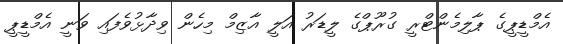
އެމްޑީޕީގެ ޕާލިމެންޓްރީ ގުރޫޕްގެ ލީޑަރު އަލީ އާޒިމް މިހެން ވިދާޅުވެފައި ވަނީ އެމްޑީޕީ